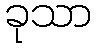
ခုသာ